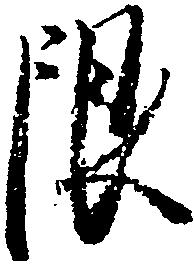
限